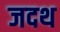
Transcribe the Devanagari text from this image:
जदथ